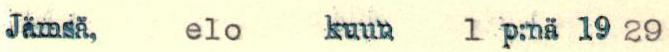
Jämsä,  elo  kuun  1 p:nä 19 29